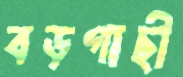
বড়গাছী